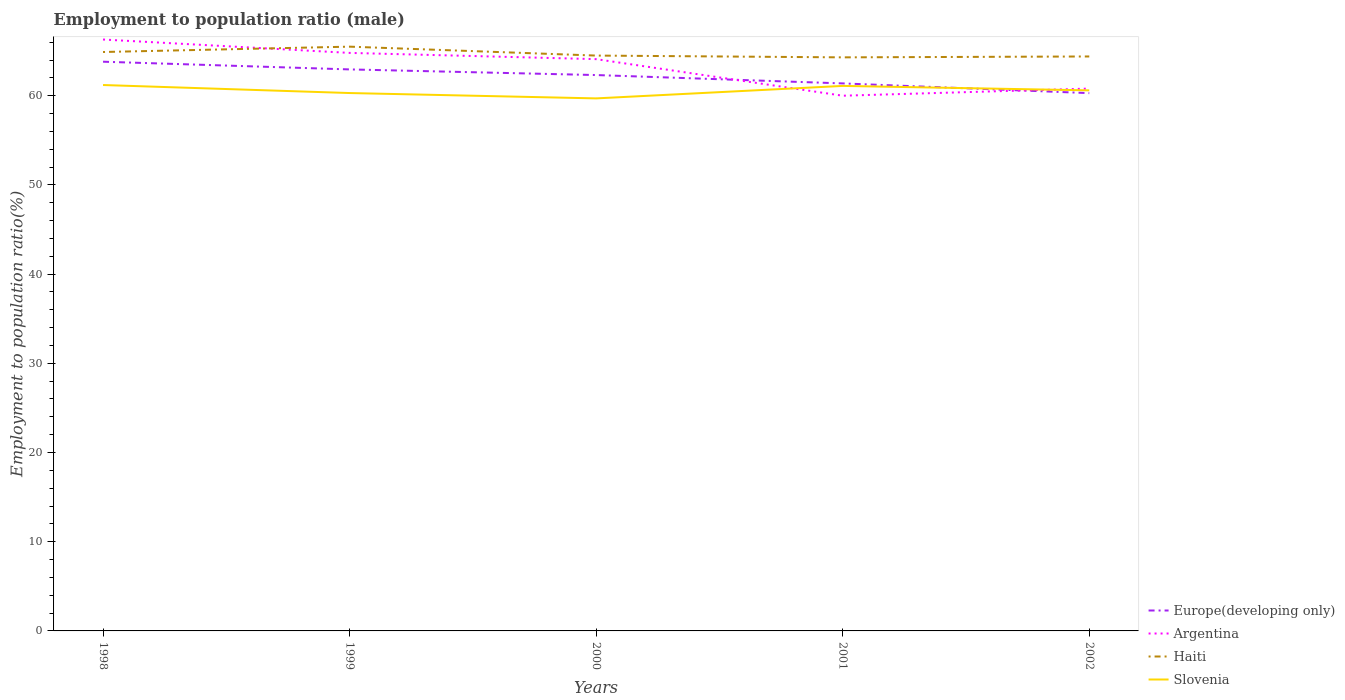
| Years | Europe(developing only) | Argentina | Haiti | Slovenia |
 | --- | --- | --- | --- | --- |
 | 1998 | 63.8 | 66.3 | 64.9 | 61.2 |
 | 1999 | 62.9 | 64.8 | 65.5 | 60.3 |
 | 2000 | 62.3 | 64.1 | 64.5 | 59.7 |
 | 2001 | 61.4 | 60 | 64.3 | 61.1 |
 | 2002 | 60.3 | 60.8 | 64.4 | 60.6 |